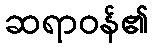
ဆရာဝန်၏